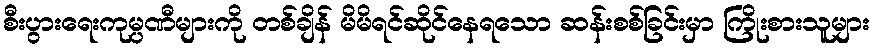
စီးပွားရေးကုမ္ပဏီများကို တစ်ချိန် မိမိရင်ဆိုင်နေရသော ဆန်းစစ်ခြင်းမှာ ကြိုးစားသူများ